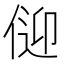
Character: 𱎸